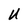
Character: U